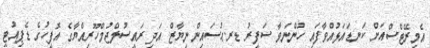
އެމިރޭޓްސްއަށް ކަނޑައަޅުއްވާފައި ހުންނަވާ ސަފީރު ޑރ.ޙުސައިން ނިޔާޒް އަދި ރައީސުލްޖުމްހޫރިއްޔާގެ އޮފީހުގެ ޑެޕިއުޓީ